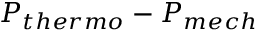
P _ { t h e r m o } - P _ { m e c h }